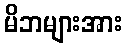
မိဘများအား